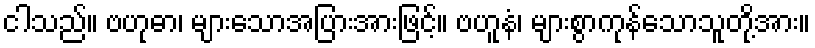
ငါသည်။ ဗဟုဓာ၊ များသောအပြားအားဖြင့်။ ဗဟူနံ၊ များစွာကုန်သောသူတို့အား။